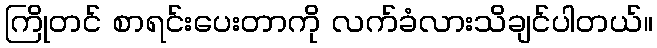
ကြိုတင် စာရင်းပေးတာကို လက်ခံလားသိချင်ပါတယ်။